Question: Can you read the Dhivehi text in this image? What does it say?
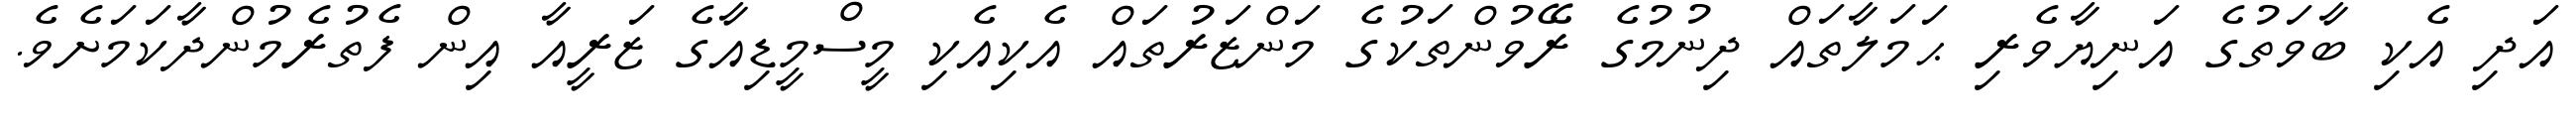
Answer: އަދި އެކި ބާވަތުގެ އަނިޔާވެރި ޙަމަލާތައް ދިނުމުގެ ރޭވުންތަކުގެ މަންޒަރުތައް އެކިއެކި މީސްމީޑިއާގެ ޒަރީއާ އިން ފެތުރެމުންދާކަމަށެވެ.